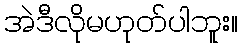
အဲဒီလိုမဟုတ်ပါဘူး။